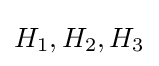
H_{1},H_{2},H_{3}